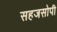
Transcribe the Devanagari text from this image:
सहजसोपी